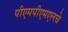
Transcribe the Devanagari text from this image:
पीएमपीएमएलचे